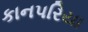
કાનપરિયા